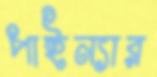
পাইন্যার